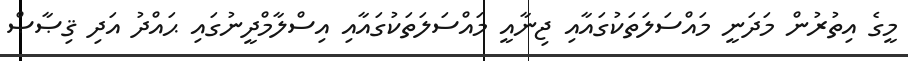
މީގެ އިތުރުން މަދަނީ މައްސަލަތަކުގައާއި ޖިނާއީ މައްސަލަތަކުގައާއި އިސްލާމްދީނުގައި ޙައްދު އަދި ޤިޞާޞް